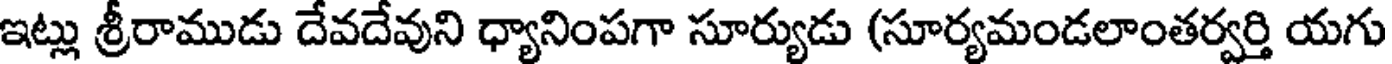
ఇట్లు శ్రీరాముడు దేవదేవుని ధ్యానింపగా సూర్యుడు (సూర్యమండలాంతర్వర్తి యగు